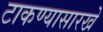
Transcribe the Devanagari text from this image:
टाकण्यासारखे